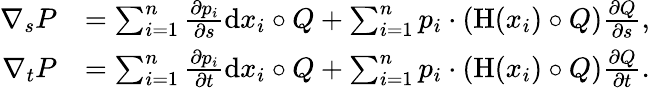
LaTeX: \begin{array}{rl}{\nabla_{s}P}&{=\sum_{i=1}^{n}\frac{\partial p_{i}}{\partial s}\mathrm{d}x_{i}\circ Q+\sum_{i=1}^{n}p_{i}\cdot(\mathrm{H}(x_{i})\circ Q)\frac{\partial Q}{\partial s},}\\ {\nabla_{t}P}&{=\sum_{i=1}^{n}\frac{\partial p_{i}}{\partial t}\mathrm{d}x_{i}\circ Q+\sum_{i=1}^{n}p_{i}\cdot(\mathrm{H}(x_{i})\circ Q)\frac{\partial Q}{\partial t}.}\end{array}